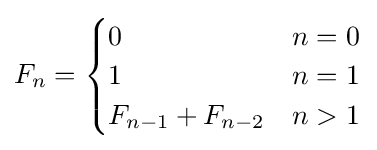
F_{n}={\begin{cases}0&n=0\\1&n=1\\F_{n-1}+F_{n-2}&n>1\end{cases}}